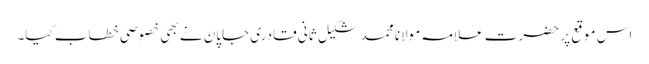
اس موقع پر حضرت علامہ مولانا محمد شکیل ثانی قادری جاپان نے بھی خصوصی خطاب کیا۔